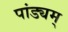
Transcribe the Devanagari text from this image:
पांड्यम्